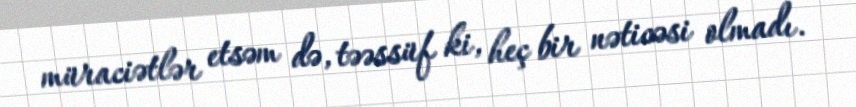
müraciətlər etsəm də, təəssüf ki, heç bir nəticəsi olmadı.